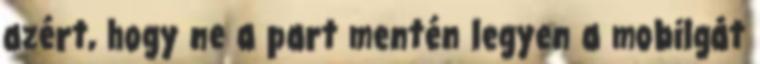
azért, hogy ne a part mentén legyen a mobilgát